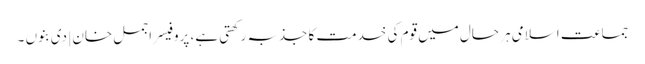
جماعت اسلامی ہر حال میں قوم کی خدمت کا جذبہ رکھتی ہے، پروفیسر اجمل خان | دی بنوں ۔